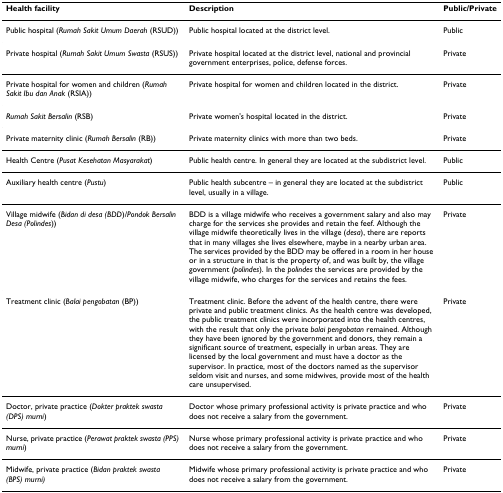
<table><thead><tr><td><b>Health facility</b></td><td><b>Description</b></td><td><b>Public/Private</b></td></tr></thead><tbody><tr><td>Public hospital (<i>Rumah Sakit Umum Daerah </i>(RSUD))</td><td>Public hospital located at the district level.</td><td>Public</td></tr><tr><td>Private hospital (<i>Rumah Sakit Umum Swasta </i>(RSUS))</td><td>Private hospital located at the district level, national and provincial government enterprises, police, defense forces.</td><td>Private</td></tr><tr><td>Private hospital for women and children (<i>Rumah Sakit Ibu dan Anak </i>(RSIA))</td><td>Private hospital for women and children located in the district.</td><td>Private</td></tr><tr><td><i>Rumah Sakit Bersalin </i>(RSB)</td><td>Private women&#x27;s hospital located in the district.</td><td>Private</td></tr><tr><td>Private maternity clinic (<i>Rumah Bersalin </i>(RB))</td><td>Private maternity clinics with more than two beds.</td><td>Private</td></tr><tr><td>Health Centre (<i>Pusat Kesehatan Masyarakat</i>)</td><td>Public health centre. In general they are located at the subdistrict level.</td><td>Public</td></tr><tr><td>Auxiliary health centre (<i>Pustu</i>)</td><td>Public health subcentre – in general they are located at the subdistrict level, usually in a village.</td><td>Public</td></tr><tr><td>Village midwife (<i>Bidan di desa (BDD</i>)/<i>Pondok Bersalin Desa (Polindes</i>))</td><td>BDD is a village midwife who receives a government salary and also may charge for the services she provides and retain the feef. Although the village midwife theoretically lives in the village (<i>desa</i>), there are reports that in many villages she lives elsewhere, maybe in a nearby urban area. The services provided by the BDD may be offered in a room in her house or in a structure in that is the property of, and was built by, the village government (<i>polindes</i>). In the <i>polindes </i>the services are provided by the village midwife, who charges for the services and retains the fees.</td><td>Private</td></tr><tr><td>Treatment clinic (<i>Balai pengobatan </i>(BP))</td><td>Treatment clinic. Before the advent of the health centre, there were private and public treatment clinics. As the health centre was developed, the public treatment clinics were incorporated into the health centres, with the result that only the private <i>balai pengobatan </i>remained. Although they have been ignored by the government and donors, they remain a significant source of treatment, especially in urban areas. They are licensed by the local government and must have a doctor as the supervisor. In practice, most of the doctors named as the supervisor seldom visit and nurses, and some midwives, provide most of the health care unsupervised.</td><td>Private</td></tr><tr><td>Doctor, private practice (<i>Dokter praktek swasta (DPS) murni</i>)</td><td>Doctor whose primary professional activity is private practice and who does not receive a salary from the government.</td><td>Private</td></tr><tr><td>Nurse, private practice (<i>Perawat praktek swasta (PPS) murni</i>)</td><td>Nurse whose primary professional activity is private practice and who does not receive a salary from the government.</td><td>Private</td></tr><tr><td>Midwife, private practice (<i>Bidan praktek swasta (BPS) murni)</i></td><td>Midwife whose primary professional activity is private practice and who does not receive a salary from the government.</td><td>Private</td></tr></tbody></table>